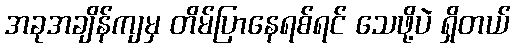
အခုအချိန်ကျမှ တိမ်ပြာနေရစ်ရင် သေဖို့ပဲ ရှိတယ်